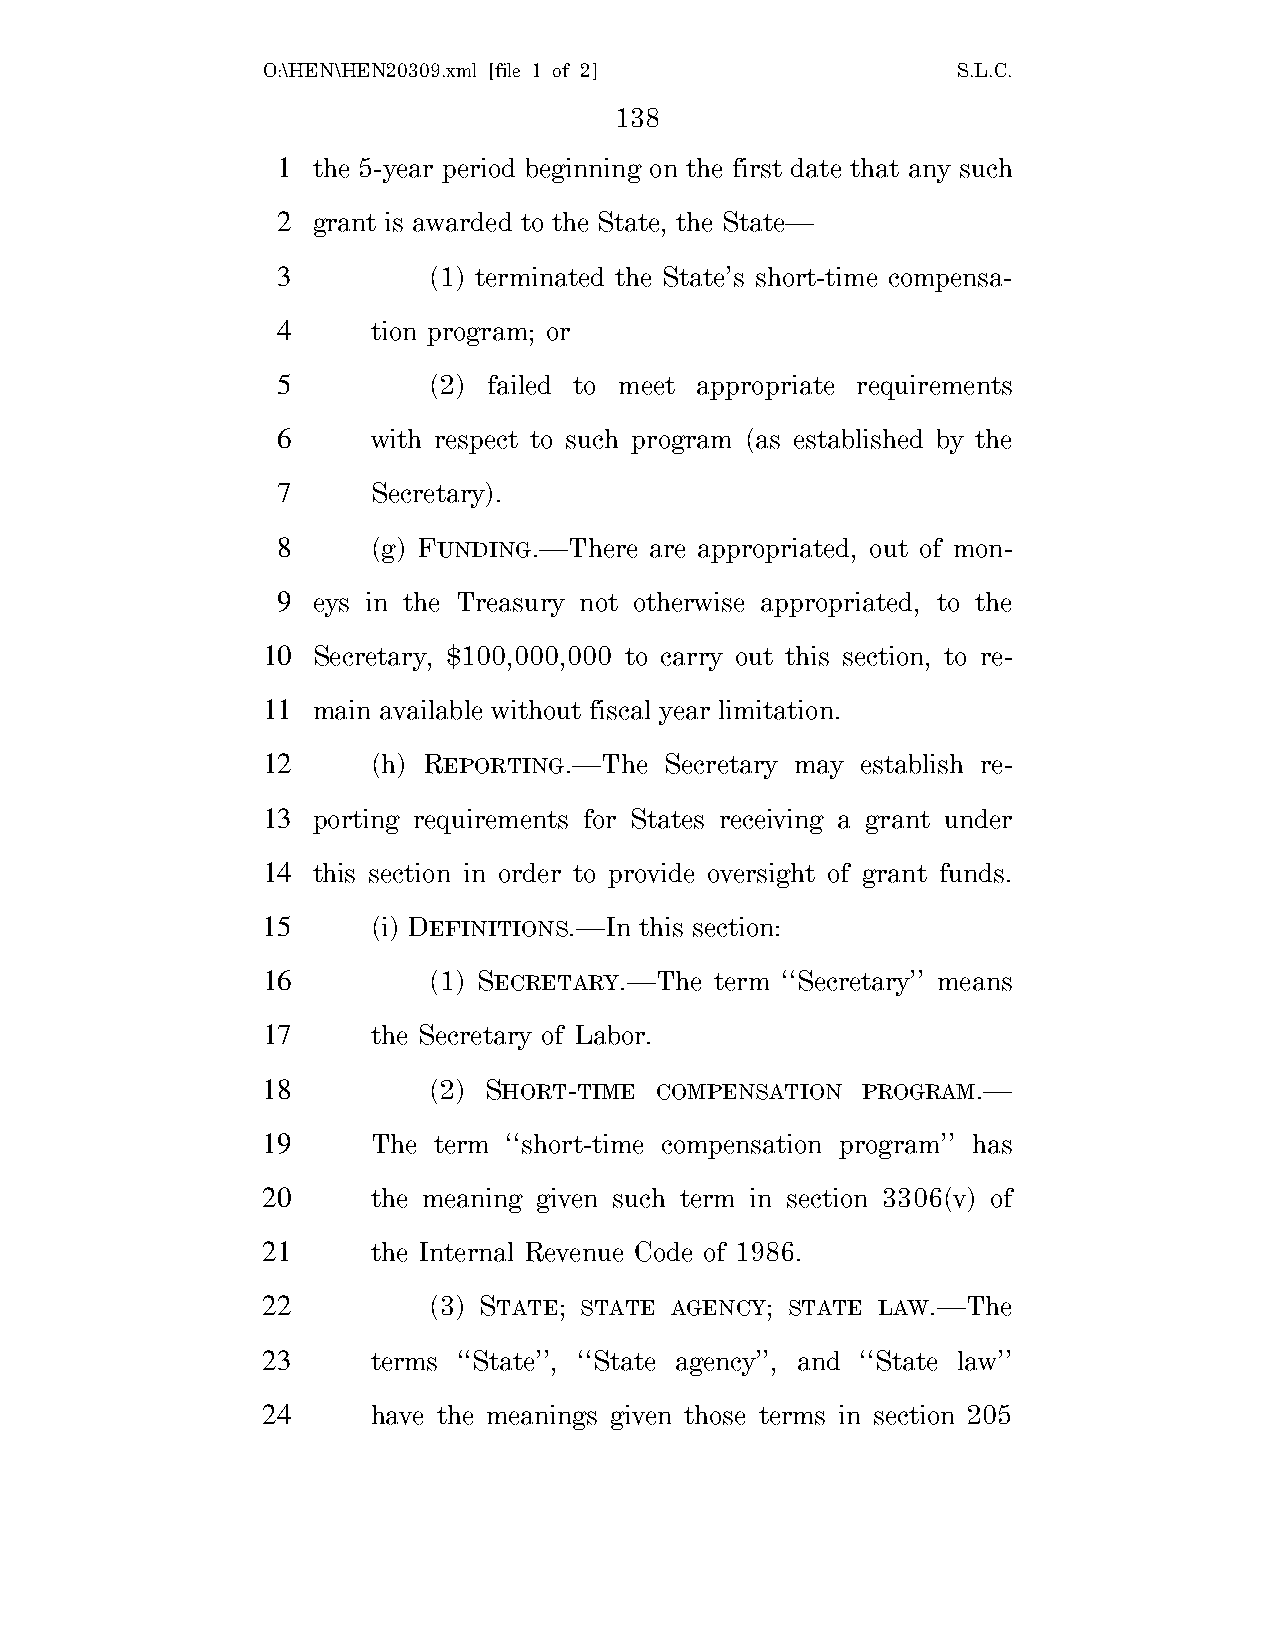
O:\HEN\HEN20309.xml [file 1 of 2]             S.L.C.
 138
 1  the 5-year period beginning on the first date that any such
 2  grant is awarded to the State, the State—
 3         (1) terminated the State’s short-time compensa-
 4      tion program; or
 5         (2) failed to meet appropriate requirements
 6      with respect to such program (as established by the
 7      Secretary).
 8      (g) FUNDING.—There are appropriated, out of mon-
 9  eys in the Treasury not otherwise appropriated, to the
 10  Secretary, $100,000,000 to carry out this section, to re-
 11  main available without fiscal year limitation.
 12      (h) REPORTING.—The Secretary may establish re-
 13  porting requirements for States receiving a grant under
 14  this section in order to provide oversight of grant funds.
 15      (i) DEFINITIONS.—In this section:
 16         (1) SECRETARY.—The term ‘‘Secretary’’ means
 17      the Secretary of Labor.
 18         (2) SHORT-TIME COMPENSATION  PROGRAM.—
 19      The term ‘‘short-time compensation program’’ has
 20      the meaning given such term in section 3306(v) of
 21      the Internal Revenue Code of 1986.
 22         (3) STATE; STATE AGENCY; STATE LAW.—The
 23      terms ‘‘State’’, ‘‘State agency’’, and ‘‘State law’’
 24      have the meanings given those terms in section 205